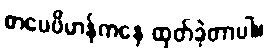
စာပေဗိမာန်ကနေ ထုတ်ခဲ့တာပါ။